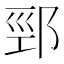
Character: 䣆